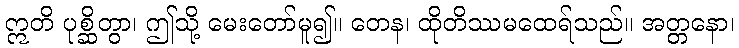
ဣတိ ပုစ္ဆိတွာ၊ ဤသို့ မေးတော်မူ၍။ တေန၊ ထိုတိဿမထေရ်သည်။ အတ္တနော၊